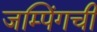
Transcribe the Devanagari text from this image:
जम्पिंगची